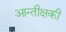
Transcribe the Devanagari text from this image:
आन्तीक्षकी